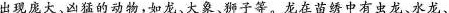
出现庞大，凶的动物，如。大象。那子等，龙在中有向龙、水龙、